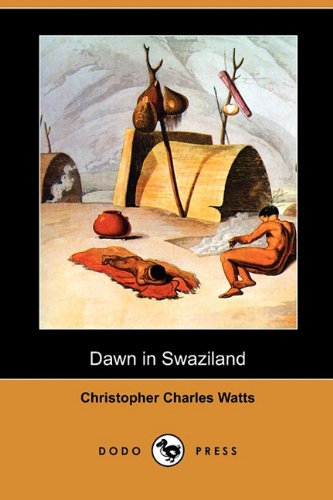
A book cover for Dawn in Swaziland (Dodo Press); Christopher Charles Watts; Travel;